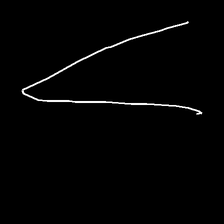
Glyph: region